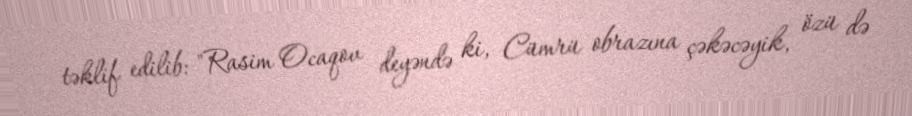
təklif edilib: "Rasim Ocaqov deyəndə ki, Cümrü obrazına çəkəcəyik, özü də